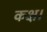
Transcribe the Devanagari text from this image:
कक्ष।